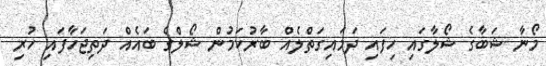
މޯނާ ޝަބާގެ ޝޯލާގައި ހިފައި ދަމައިގަތްލެއް ބާރުކަމުން ޝޯލްގެ ބައެއް ދަތިޖަހާފައި ހުރި